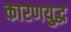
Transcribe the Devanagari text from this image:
कारणयुद्ध